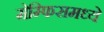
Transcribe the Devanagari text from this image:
मेम्फिसमध्ये